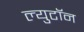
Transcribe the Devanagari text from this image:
ल्युटॉन